Lunatic asylums in Bengal annual reports 1912-1924 - 1912-1924
Year: 1912
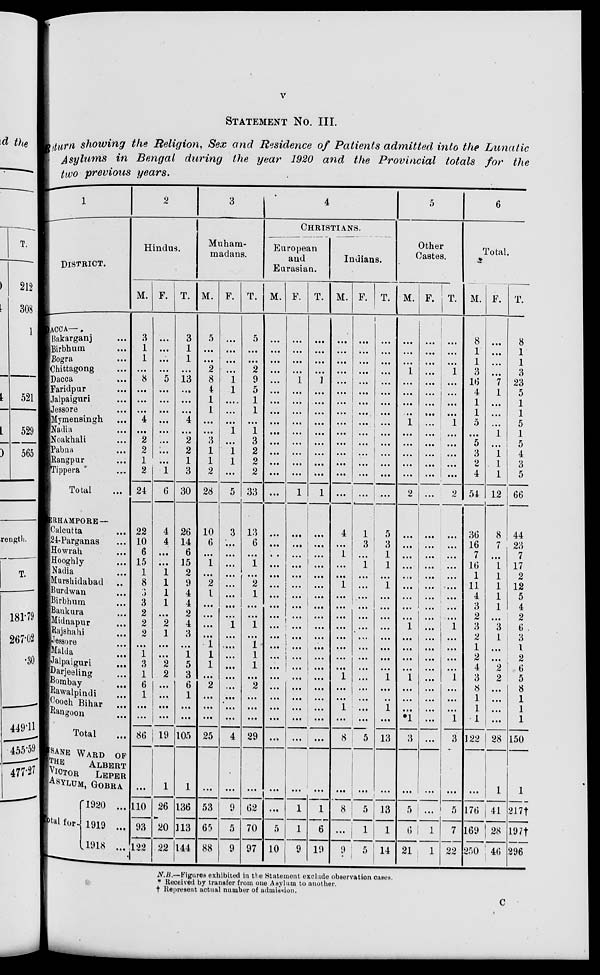
v
STATEMENT No. III.
Return showing the Religion, Sex and Residence of Patients admitted into the Lunatic
Asylums in Bengal during the year 1920 and the Provincial totals for the
two previous years.
1
DISTRICT.
DACCA—
Bakarganj ...
Birbhum ...
Bogra ...
Chittagong ...
Dacca ...
Faridpur ...
Jalpaiguri ...
Jessore ...
Mymensingh ...
Nadia ...
Noakhali ...
Pabna ...
Rangpur ...
Tippera ...
Total ...
BERHAMPORE —
Calcutta ...
24-Parganas ...
Howrah ...
Hooghly ...
Nadia ...
Murshidabad ...
Burdwan ...
Birbhum ...
Bankura ...
Midnapur ...
Rajshahi ...
Jessore ...
Malda ...
Jalpaiguri ...
Darjeeling ...
Bombay ...
Rawalpindi ...
Cooch Bihar
...
Rangoon ...
Total
...
NSANE WARD OF
THE
ALBERT
VICTOR
LEPER
ASYLUM, GOBRA
Total for
1920 ...
1919 ...
1918 ...
2
Hindus.
M.
3
1
1
...
8
...
...
...
4
...
2
2
1
2
24
22
10
6
15
1
8
3
3
2
2
2
...
1
3
1
6
1
...
...
86
...
110
93
122
F.
...
...
...
...
5
...
...
...
...
...
...
...
...
1
6
4
4
...
...
1
1
1
1
...
2
1
...
...
2
2
...
...
...
...
19
1
26
20
22
T.
3
1
1
...
13
...
...
...
4
...
2
2
1
3
30
26
14
6
15
2
9
4
4
2
4
3
...
1
5
3
6
1
...
...
105
1
136
113
144
3
Muham-
madans.
M.
5
...
...
2
8
4
1
1
...
...
3
1
1
2
28
10
6
...
1
...
2
1
...
...
...
...
1
1
1
...
2
...
...
...
25
...
53
65
88
F.
...
...
...
...
1
1
...
...
...
1
...
1
1
...
5
3
...
...
...
...
...
...
...
...
1
...
...
...
...
...
...
...
...
...
4
...
9
5
9
T.
5
...
...
2
9
5
1
1
...
1
3
2
2
2
33
13
6
...
1
...
2
1
...
...
1
...
1
1
1
...
2
...
...
...
29
...
62
70
97
4
CHRISTIANS.
European
and
Eurasian.
M.
...
...
...
...
...
...
...
...
...
...
...
...
...
...
...
...
...
...
...
...
...
...
...
...
...
...
...
...
...
...
...
...
...
...
...
...
...
5
10
F.
...
...
...
...
1
...
...
...
...
...
...
...
...
...
1
...
...
...
...
...
...
...
...
...
...
...
...
...
...
...
...
...
...
...
...
...
1
1
9
T.
...
...
...
...
1
...
...
...
...
...
...
...
...
...
1
...
...
...
...
...
...
...
...
...
...
...
...
...
...
...
...
...
...
...
...
...
1
6
19
Indians.
M.
...
...
...
...
...
...
...
...
...
...
...
...
...
...
...
4
...
1
...
...
1
...
...
...
...
...
...
...
...
1
...
...
1
...
8
...
8
...
9
F.
...
...
...
...
...
...
...
...
...
...
...
...
...
...
...
1
3
...
1
...
...
...
...
...
...
...
...
...
...
...
...
...
...
...
5
...
5
1
5
T.
...
...
...
...
...
...
...
...
...
...
...
...
...
...
...
5
3
1
1
...
1
...
...
...
...
...
...
...
...
1
...
...
1
...
13
...
13
1
14
5
Other
Castes.
M.
...
...
...
1
...
...
...
...
1
...
...
...
...
...
2
...
...
...
...
...
...
...
...
...
1
...
...
...
...
1
...
...
...
* 1
3
...
5
6
21
F.
...
...
...
...
...
...
...
...
...
...
...
...
...
...
...
...
...
...
...
...
...
...
...
...
...
...
...
...
...
...
...
...
...
...
...
...
...
1
1
T.
...
...
...
1
...
...
...
...
1
...
...
...
...
...
2
...
...
...
...
...
...
...
...
...
1
...
...
...
...
1
...
...
...
1
3
...
5
7
22
6
Total.
M.
8
1
1
3
16
4
1
1
5
...
5
3
2
4
54
36
16
7
16
1
11
4
3
2
3
2
1
2
4
3
8
1
1
1
122
...
176
169
250
F.
...
...
...
...
7
1
...
...
...
1
...
1
1
1
12
8
7
...
1
1
1
1
1
...
3
1
...
...
2
2
...
...
...
...
28
1
41
28
4 6
T.
8
1
1
3
23
5
1
1
5
1
5
4
3
5
66
44
23
7
17
2
12
5
4
2
6
3
1
2
6
5
8
1
1
1
150
1
217†
197†
296
N.B.—Figures exhibited in the Statement exclude observation cases.
* Received by transfer from one Asylum to another.
† Represent actual number of admission.
C